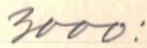
3000: